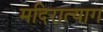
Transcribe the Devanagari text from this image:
मदिरात्याग